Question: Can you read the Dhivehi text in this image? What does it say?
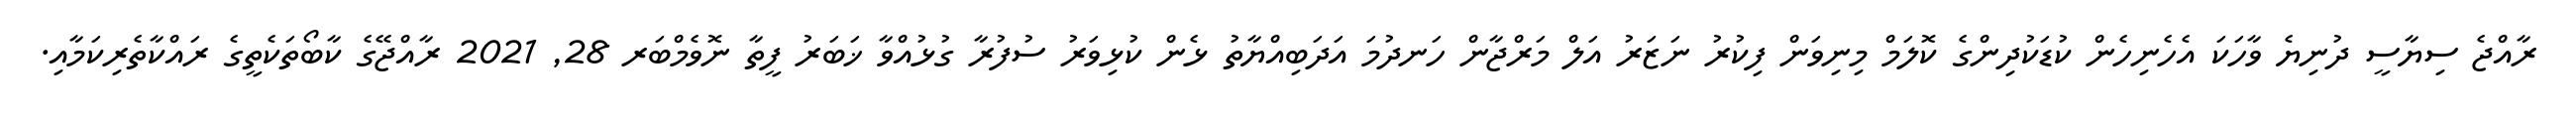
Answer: ރާއްޖެ ސިޔާސީ ދުނިޔެ ވާހަކަ އެހެނިހެން ކުޑަކުދިންގެ ކޮލަމް މިނިވަން ފިކުރު ނަޒަރު އަލް މަރްޖާން ހަނދުމަ އަދަބިއްޔާތު ޅެން ކުޅިވަރު ސުފުރާ ގުޅުއްވާ ޚަބަރު ފީތާ ނޮވެމްބަރ 28, 2021 ރާއްޖޭގެ ކާބޯތަކެތީގެ ރައްކާތެރިކަމާއި.